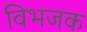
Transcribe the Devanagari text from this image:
विभजक